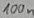
Text: 100n